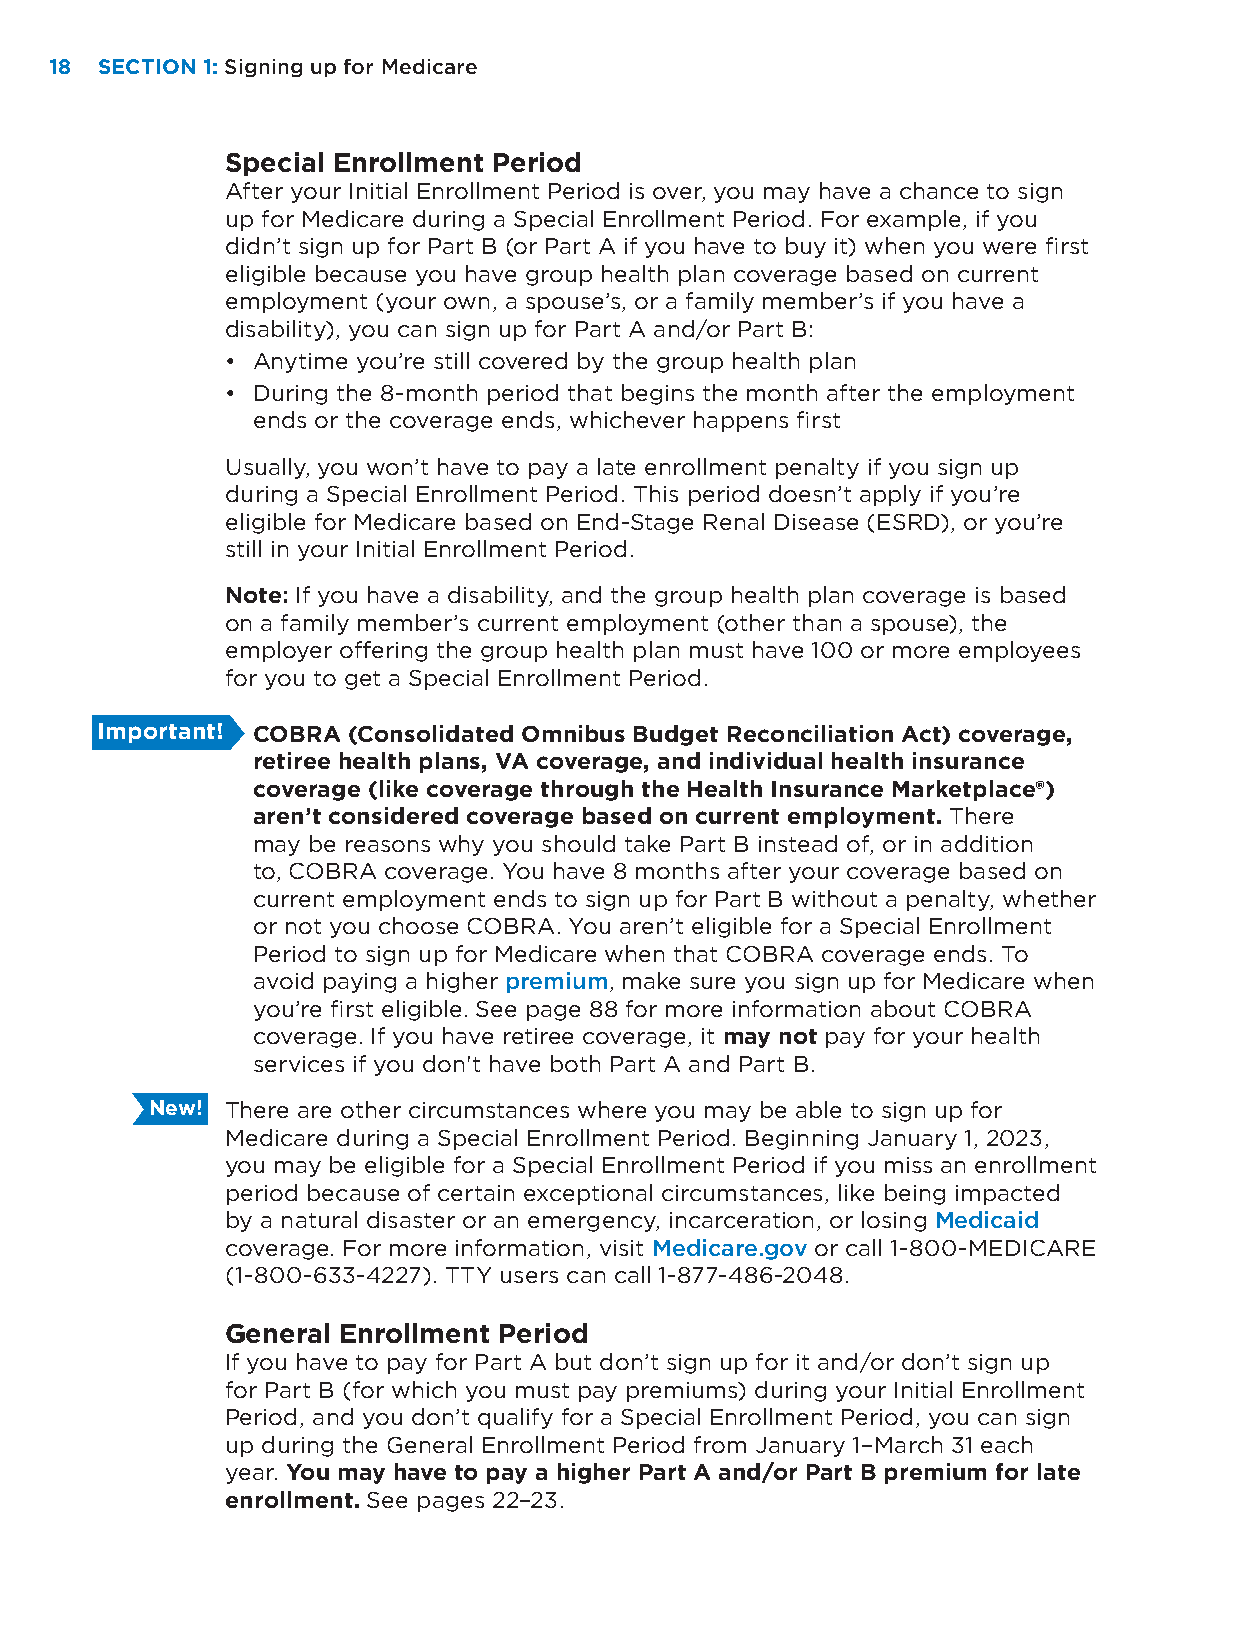
18 SECTION 1: Signing up for Medicare
 Special Enrollment Period
 After your Initial Enrollment Period is over, you may have a chance to sign
 up for Medicare during a Special Enrollment Period. For example, if you
 didn’t sign up for Part B (or Part A if you have to buy it) when you were first
 eligible because you have group health plan coverage based on current
 employment (your own, a spouse’s, or a family member’s if you have a
 disability), you can sign up for Part A and/or Part B:
 • Anytime you’re still covered by the group health plan
 • During the 8-month period that begins the month after the employment
 ends or the coverage ends, whichever happens first
 Usually, you won’t have to pay a late enrollment penalty if you sign up
 during a Special Enrollment Period. This period doesn’t apply if you’re
 eligible for Medicare based on End-Stage Renal Disease (ESRD), or you’re
 still in your Initial Enrollment Period.
 Note: If you have a disability, and the group health plan coverage is based
 on a family member’s current employment (other than a spouse), the
 employer offering the group health plan must have 100 or more employees
 for you to get a Special Enrollment Period.
 Important! COBRA (Consolidated Omnibus Budget Reconciliation Act) coverage,
 retiree health plans, VA coverage, and individual health insurance
 coverage (like coverage through the Health Insurance Marketplace®)
 aren’t considered coverage based on current employment. There
 may be reasons why you should take Part B instead of, or in addition
 to, COBRA coverage. You have 8 months after your coverage based on
 current employment ends to sign up for Part B without a penalty, whether
 or not you choose COBRA. You aren’t eligible for a Special Enrollment
 Period to sign up for Medicare when that COBRA coverage ends. To
 avoid paying a higher premium, make sure you sign up for Medicare when
 you’re first eligible. See page 88 for more information about COBRA
 coverage. If you have retiree coverage, it may not pay for your health
 services if you don't have both Part A and Part B.
 New! There are other circumstances where you may be able to sign up for
 Medicare during a Special Enrollment Period. Beginning January 1, 2023,
 you may be eligible for a Special Enrollment Period if you miss an enrollment
 period because of certain exceptional circumstances, like being impacted
 by a natural disaster or an emergency, incarceration, or losing Medicaid
 coverage. For more information, visit Medicare.gov or call 1-800-MEDICARE
 (1-800-633-4227). TTY users can call 1-877-486-2048.
 General Enrollment Period
 If you have to pay for Part A but don’t sign up for it and/or don’t sign up
 for Part B (for which you must pay premiums) during your Initial Enrollment
 Period, and you don’t qualify for a Special Enrollment Period, you can sign
 up during the General Enrollment Period from January 1–March 31 each
 year. You may have to pay a higher Part A and/or Part B premium for late
 enrollment. See pages 22–23.